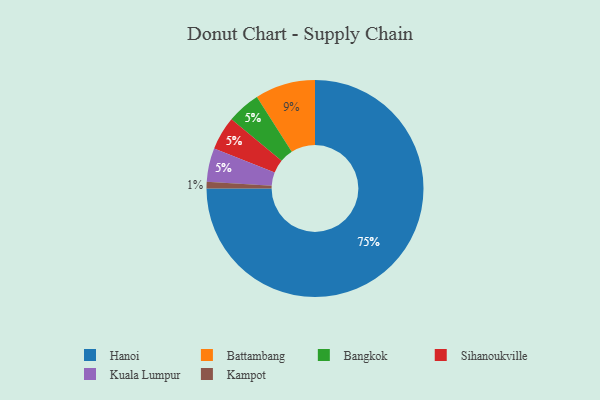
{"axis": {"x": "Category", "y": "Percentage"}, "legend": ["Bangkok", "Battambang", "Hanoi", "Kampot", "Kuala Lumpur", "Sihanoukville"], "data": [{"x": "Battambang", "y": 9, "type": "Battambang"}, {"x": "Bangkok", "y": 5, "type": "Bangkok"}, {"x": "Kampot", "y": 1, "type": "Kampot"}, {"x": "Sihanoukville", "y": 5, "type": "Sihanoukville"}, {"x": "Kuala Lumpur", "y": 5, "type": "Kuala Lumpur"}, {"x": "Hanoi", "y": 75, "type": "Hanoi"}]}